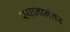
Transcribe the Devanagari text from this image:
स्थानानंतर